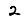
Digit: 2